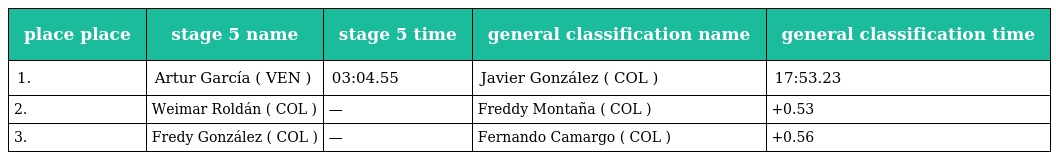
| place place | stage 5 name | stage 5 time | general classification name | general classification time |
 | --- | --- | --- | --- | --- |
 | 1. | Artur García ( VEN ) | 03:04.55 | Javier González ( COL ) | 17:53.23 |
 | 2. | Weimar Roldán ( COL ) | — | Freddy Montaña ( COL ) | +0.53 |
 | 3. | Fredy González ( COL ) | — | Fernando Camargo ( COL ) | +0.56 |